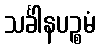
သင်္ခါနပဉ္စမံ